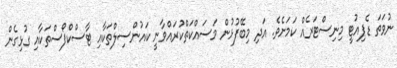
ނުވަތަ ޑެޕިއުޓީ މިނިސްޓަރެއް ކަމަށެވެ. އަދި މިބޭފުޅުން މަސައްކަތްކުރައްވާނީ ކައުންސިލްތަކާއި ޓާސްކްފޯސްތަކާއި ގުޅިގެން